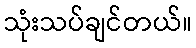
သုံးသပ်ချင်တယ်။